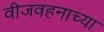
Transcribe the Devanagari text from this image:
वीजवहनाच्या